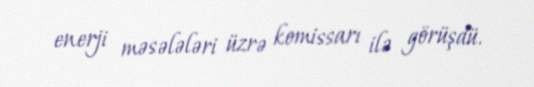
enerji məsələləri üzrə komissarı ilə görüşdü.